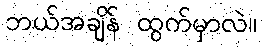
ဘယ်အချိန် ထွက်မှာလဲ။